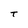
Character: T